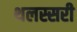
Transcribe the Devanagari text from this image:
थलस्सरी